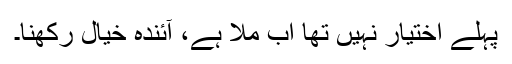
پہلے اختیار نہیں تھا اب ملا ہے، آئندہ خیال رکھنا۔